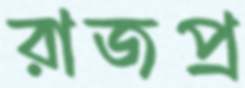
রাজপ্র